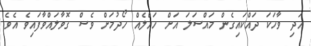
އަދި ވާހަކަ ދައްކައިގެން މައްސަލަ އަށް ހައްލެއް ހޯދުމަށް ވެސް ގޮވާލައްވާފައިވެ އެވެ.